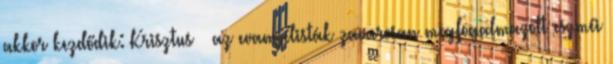
akkor kezdődik: Krisztus – az evangélisták zavarosan megfogalmazott eszméi